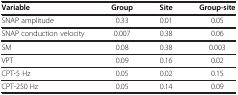
<table><thead><tr><td><b>Variable</b></td><td><b>Group</b></td><td><b>Site</b></td><td><b>Group-site</b></td></tr></thead><tbody><tr><td>SNAP amplitude</td><td>0.33</td><td>0.01</td><td>0.05</td></tr><tr><td>SNAP conduction velocity</td><td>0.007</td><td>0.38</td><td>0.06</td></tr><tr><td>SM</td><td>0.08</td><td>0.38</td><td>0.003</td></tr><tr><td>VPT</td><td>0.09</td><td>0.16</td><td>0.02</td></tr><tr><td>CPT-5 Hz</td><td>0.05</td><td>0.02</td><td>0.15</td></tr><tr><td>CPT-250 Hz</td><td>0.05</td><td>0.14</td><td>0.09</td></tr></tbody></table>